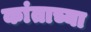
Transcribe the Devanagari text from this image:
कांताच्या